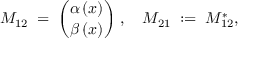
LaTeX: M _ { 1 2 } \; = \; { \binom { \alpha \, ( x ) } { \beta \, ( x ) } } \; , \quad M _ { 2 1 } \; : = \; M _ { 1 2 } ^ { * } ,